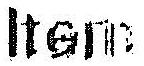
ITEM